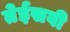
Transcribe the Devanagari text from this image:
तेईसवी